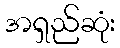
အရှည်ဆုံး